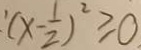
( x - \frac { 1 } { 2 } ) ^ { 2 } \geq 0